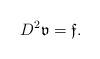
LaTeX: \begin{align*}D^2\mathfrak{v}=\mathfrak{f}.\end{align*}